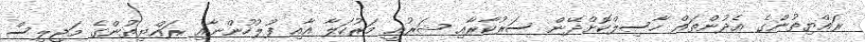
ރައްޔިތުންގެ އެދުންތައް ހާސިލްކޮށްދޭން ސަރުކާރާއި ޝަރުއީ މަރުހަލާ އާއި ފުލުހުންނާއި ރައްޔިތުންގެ މަޖިލިސް